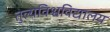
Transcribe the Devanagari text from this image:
तुल्यविश्वविद्यालय